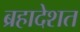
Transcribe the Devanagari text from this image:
ब्रहादेशत